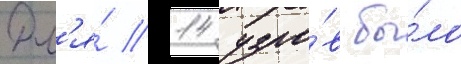
Дл'я́ 14 узло́в бы́ло